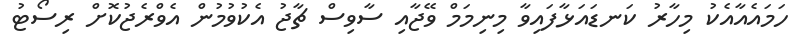
ހަމައެއާއެކު މިހާރު ކަނޑައަޅާފައިވާ މިނިމަމް ވޭޖާއި ސާވިސް ޗާޖު އެކުވުމުން އެވްރެޖުކޮށް ރިސޯޓު